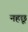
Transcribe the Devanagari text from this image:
नहछू